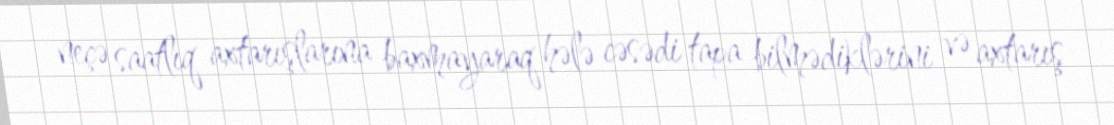
neçə saatlıq axtarışlarına baxmayaraq hələ cəsədi tapa bilmədiklərini və axtarış